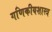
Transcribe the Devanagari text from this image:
गणिकीयशास्त्र